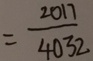
= \frac { 2 0 1 7 } { 4 0 3 2 }